Report on vaccination in Madras 1895-1903 - 1895-1903
Year: 1895
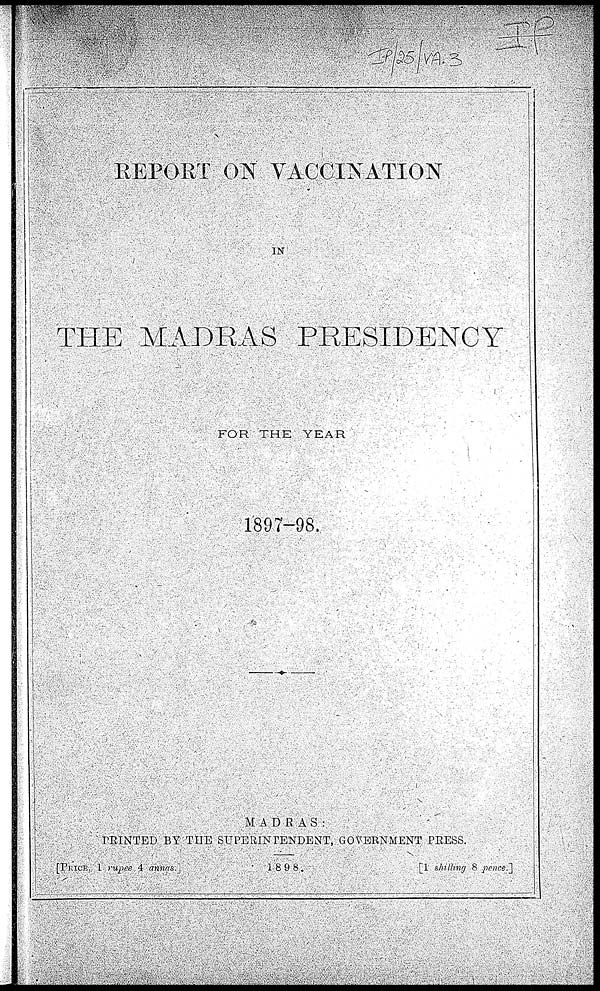
REPORT ON VACCINATION
IN
THE MADRAS PRESIDENCY
FOR THE YEAR
1897-98.
MADRAS:
PRINTED BY THE SUPERINTENDENT, GOVERNMENT PRESS.
[PRICE, 1 rupee 4 annas.]
1898.
[1 shilling 8 pence.]